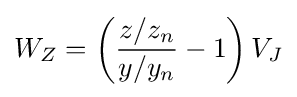
W_{Z}=\left({\frac {z/z_{n}}{y/y_{n}}}-1\right)V_{J}